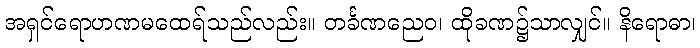
အရှင်ရောဟဏမထေရ်သည်လည်း။ တင်္ခဏညေဝ၊ ထိုခဏ၌သာလျှင်။ နိရောဓာ၊